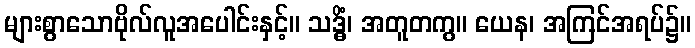
များစွာသောဗိုလ်လူအပေါင်းနှင့်။ သဒ္ဓိံ၊ အတူတကွ။ ယေန၊ အကြင်အရပ်၌။